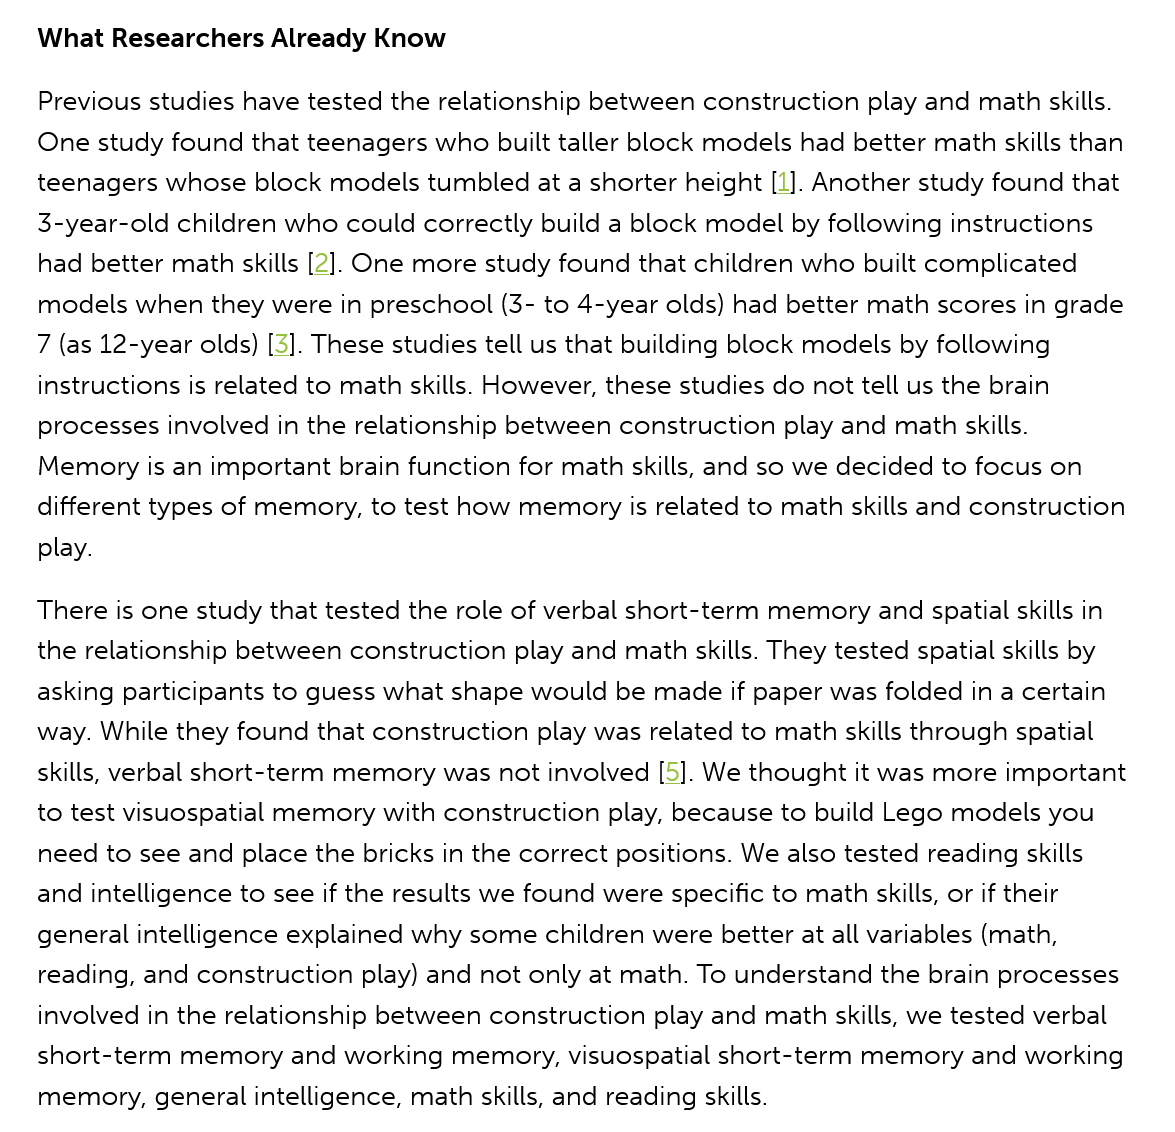
What Researchers Already Know
   Previous studies have tested the relationship between construction play and math skills.
   One study found that teenagers who built taller block models had better math skills than
   teenagers whose block models tumbled at a shorter height [1]. Another study found that
   3-year-old children who could correctly build a block model by following instructions
   had better math skills [2]. One more study found that children who built complicated
   models when they were in preschool (3- to 4-year olds) had better math scores in grade
   7 (as 12-year olds) [3]. These studies tell us that building block models by following
   instructions is related to math skills. However, these studies do not tell us the brain
   processes involved in the relationship between construction play and math skills.
   Memory  is an important brain function for math skills, and so we decided to focus on
   different types of memory, to test how memory is related to math skills and construction
   play.
   There is one study that tested the role of verbal short-term memory and spatial skills in
   the relationship between construction play and math skills. They tested spatial skills by
   asking participants to guess what shape would be made if paper was folded in a certain
   way. While they found that construction play was related to math skills through spatial
   skills, verbal short-term memory was not involved [5]. We thought it was more important
   to test visuospatial memory with construction play, because to build Lego models you
   need to see and place the bricks in the correct positions. We also tested reading skills
   and intelligence to see if the results we found were specific to math skills, or if their
   general intelligence explained why some children were better at all variables (math,
   reading, and construction play) and not only at math. To understand the brain processes
   involved in the relationship between construction play and math skills, we tested verbal
   short-term memory  and working memory, visuospatial short-term memory and working
   memory,  general intelligence, math skills, and reading skills.